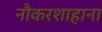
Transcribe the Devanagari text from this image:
नौकरशाहाना